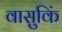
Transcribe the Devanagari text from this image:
वासुकिं